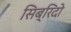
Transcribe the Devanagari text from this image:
सिब्रिदो